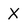
Character: X